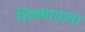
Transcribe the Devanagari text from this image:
शिख्यादाता